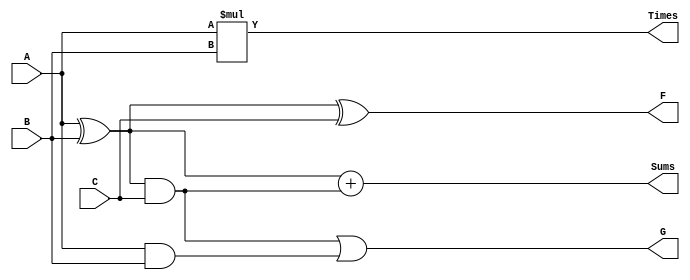
module Gate_2
(
    input A, 
    input B, 
    input C, 
    output F, 
    output G, 
    output Times, 
    output Sums
);

    wire XOR1, AND1, AND2;

    assign XOR1 = A ^ B;
    assign F = XOR1 ^ C;
    assign AND1 = XOR1 & C;
    assign AND2 = A & B;
    assign G = AND1 | AND2;

    assign Times = A * B;
    assign Sums = XOR1 + AND1;

endmodule